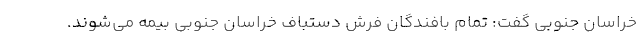
خراسان جنوبی گفت: تمام بافندگان فرش دستباف خراسان جنوبی بیمه می‌شوند.